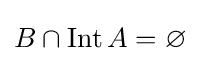
B\cap \operatorname {Int} A=\varnothing